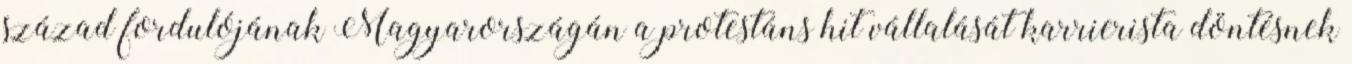
század fordulójának Magyarországán a protestáns hit vállalását karrierista döntésnek